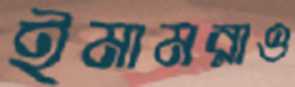
ইমামরাও